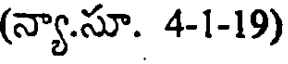
(న్యా.సూ. 4-1-19)